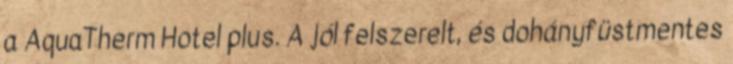
a AquaTherm Hotel plus. A jól felszerelt, és dohányfüstmentes